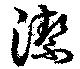
潔